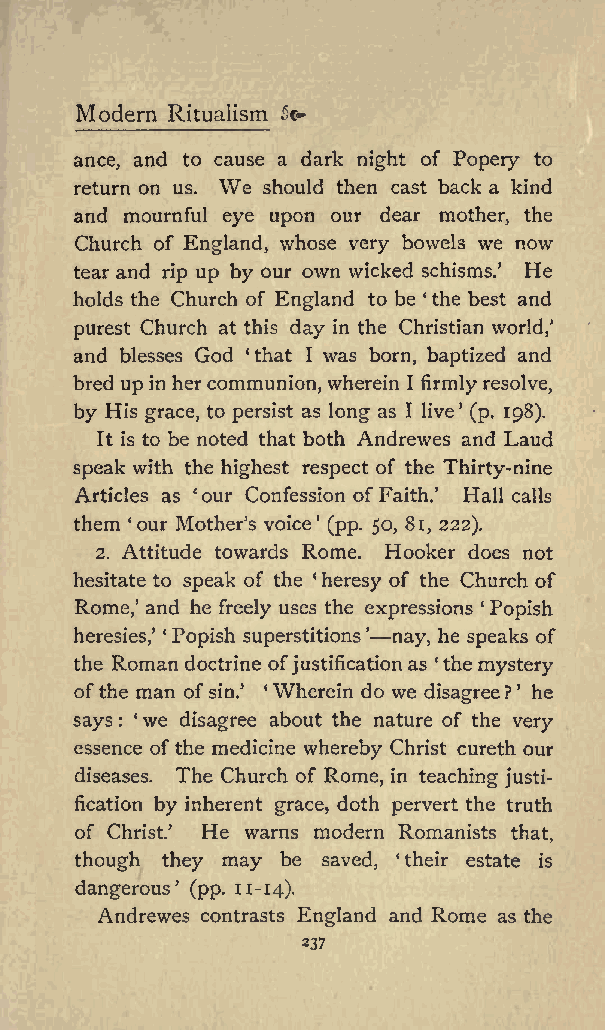
Modern Ritualism fa
 ance, and to cause a dark night of Popery to
 We
 return on us. should then cast back a kind
 and mournful eye upon our dear mother, the
 Church of England, whose very bowels we now
 tear and rip up by our own wicked schisms. He
 holds the Church of England to be the best and
 purest Church at this day in the Christian world,
 and blesses God that I was born, baptized and
 bred up in hercommunion, wherein I firmly resolve,
 by His grace, to persist as long as I live (p. 198).
 It is to be noted that both Andrewes and Laud
 speak with the highest respect of the Thirty-nine
 Articles as our Confession of Faith. Hall calls
 them our Mothers voice (pp. 50, 81, 222).
 2. Attitude towards Rome. Hooker does not
 hesitate to speak of the heresy of the Church of
 Rome, and he freely uses the expressions Popish
 heresies, Popish superstitions nay, he speaks of
 the Roman doctrine of justification as the mystery
 ofthe man of sin. Wherein do we disagree? he
 says : we disagree about the nature of the very
 essence ofthe medicine whereby Christ cureth our
 diseases. The Church of Rome, in teaching justi
 fication by inherent grace, doth pervert the truth
 of Christ. He warns modern Romanists that,
 though they may be saved, their estate is
 dangerous (pp. 11-14).
 Andrewes contrasts England and Rome as the
 237